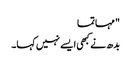
" مہاتما
بدھ نے کبھی ایسے نہیں کہا۔